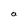
Character: a